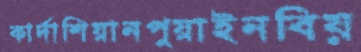
কার্দাশিয়ানপুয়াইনবিয়